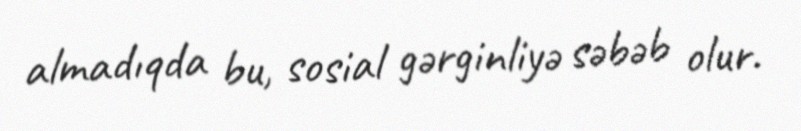
almadıqda bu, sosial gərginliyə səbəb olur.